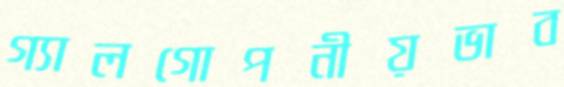
গ্যালগোপনীয়ভাব